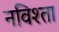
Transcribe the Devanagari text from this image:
नविश्ता